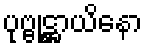
ပုဗ္ဗုဋ္ဌာယိနော